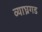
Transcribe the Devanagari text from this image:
व्याघ्रगड